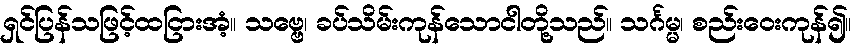
ရှင်ပြန်သဖြင့်ထငြားအံ့။ သဗ္ဗေ၊ ခပ်သိမ်းကုန်သောငါတို့သည်။ သင်္ဂမ္မ၊ စည်းဝေးကုန်၍။